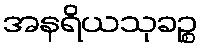
အနရိယသုခဉ္စ